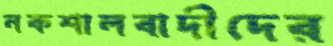
নকশালবাদীদের